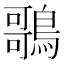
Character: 𪃿